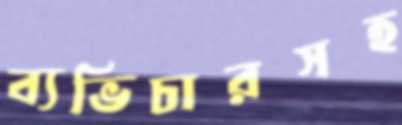
ব্যভিচারসহ